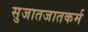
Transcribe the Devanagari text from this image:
सुजातजातकर्म